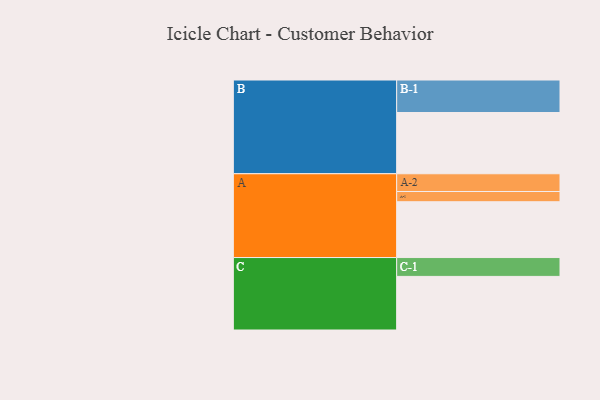
{"axis": {"x": "Segment", "y": "Value"}, "legend": ["", "A", "B", "C"], "data": [{"x": "A", "y": 453, "type": ""}, {"x": "B", "y": 497, "type": ""}, {"x": "C", "y": 435, "type": ""}, {"x": "A-1", "y": 83, "type": "A"}, {"x": "A-2", "y": 144, "type": "A"}, {"x": "B-1", "y": 264, "type": "B"}, {"x": "C-1", "y": 153, "type": "C"}]}